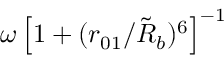
\omega \left[ 1 + ( r _ { 0 1 } / \tilde { R } _ { b } ) ^ { 6 } \right] ^ { - 1 }